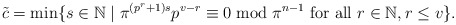
\begin{align*} \tilde{c} = \min \{ s \in \mathbb N \mid \pi^{ (p^r+ 1) s } p ^{ v-r} \equiv 0 \bmod \pi^{n-1} \textrm{ for all } r \in \mathbb N, r\leq v \}.\end{align*}